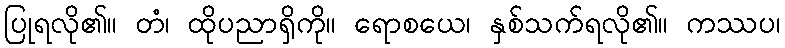
ပြုရလို၏။ တံ၊ ထိုပညာရှိကို။ ရောစယေ၊ နှစ်သက်ရလို၏။ ကဿပ၊